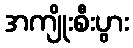
အကျိုးစီးပွား